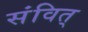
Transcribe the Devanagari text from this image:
संवित्